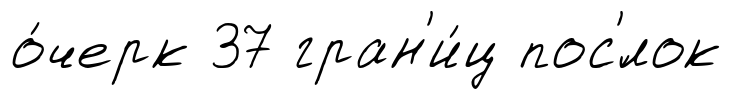
о́черк 37 гран'и́ц пос'́лок